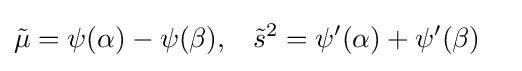
{\begin{aligned}{\tilde {\mu }}&=\psi (\alpha )-\psi (\beta ),&{\tilde {s}}^{2}&=\psi '(\alpha )+\psi '(\beta )\end{aligned}}